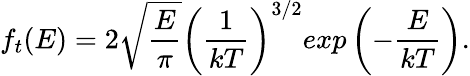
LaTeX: f_{t}(E)=2\sqrt{\frac{E}{\pi}}\left(\frac{1}{kT}\right)^{3/2}exp\left(-\frac{E}{kT}\right).